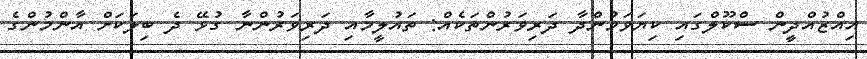
އިއްޒުއްދީން ސްކޫލްގައި ކިޔަވަމުންދާ ދަރިވަރުންތަކެއް: ތައުލީމާއި ދަރިވަރުންނާ ގުޅޭ ދެ ބިލަކަށް އާންމުންގެ